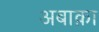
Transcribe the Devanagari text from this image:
अबाक़ा